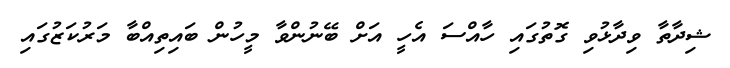
ޝިދާތާ ވިދާޅުވި ގޮތުގައި ހާއްސަ އެހީ އަށް ބޭނުންވާ މީހުން ބައިތިއްބާ މަރުކަޒުގައި